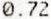
0.72